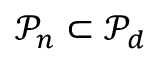
\mathcal { P } _ { n } \subset \mathcal { P } _ { d }